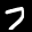
Label: 7